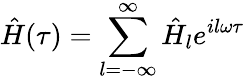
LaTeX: \hat{H}(\tau)=\sum_{l=-\infty}^{\infty}\hat{H}_{l}e^{il\omega\tau}